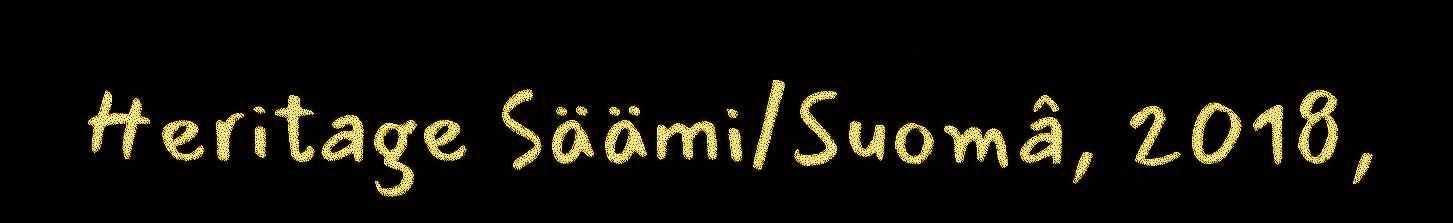
Heritage Säämi/Suomâ, 2018,